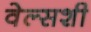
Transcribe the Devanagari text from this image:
वेल्सशी